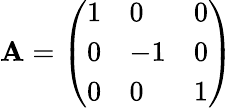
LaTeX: \mathbf{A}=\left(\begin{array}{lll}{{1}}&{{0}}&{{0}}\\ {{0}}&{{-1}}&{{0}}\\ {{0}}&{{0}}&{{1}}\end{array}\right)